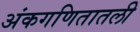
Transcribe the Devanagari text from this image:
अंकगणितातली